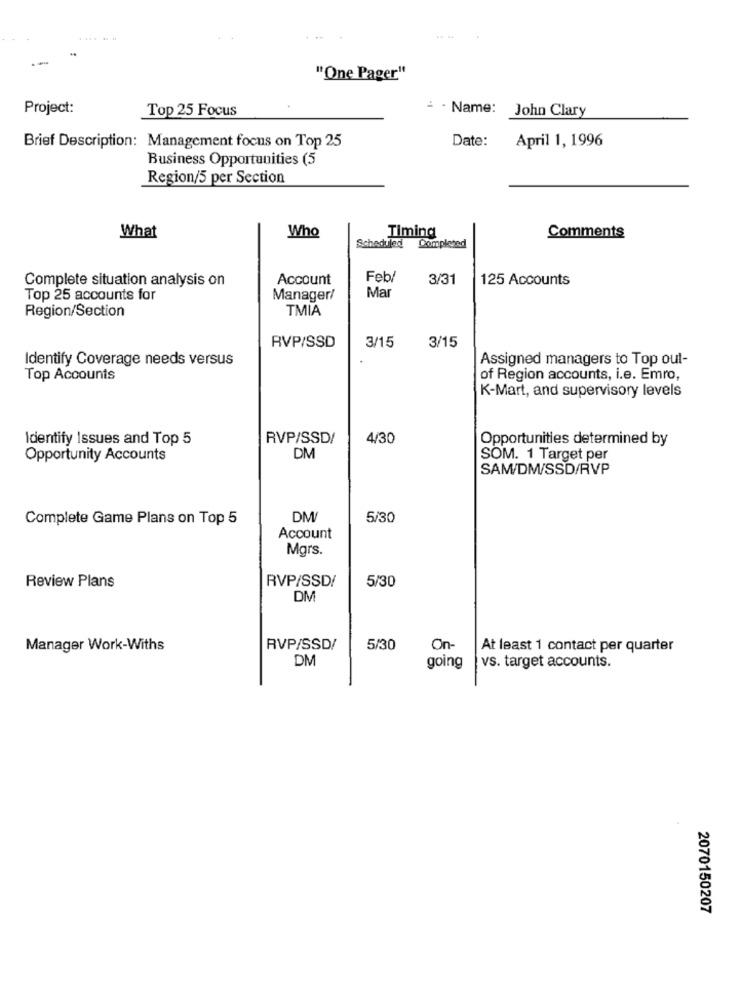
. ... ..
"One Pager"
Project:
Top 25 Focus
- Name: John Clary
Date:
April 1, 1996
Brief Description: Management focus on Top 25
Business Opportunities (5
Region/5 per Section
Who
Comments
What
Timing
Scheduled
Completed
Complete situation analysis on
Account
Feb/
3/31
125 Accounts
Mar
Top 25 accounts for
Manager/
Region/Section
TMIA
RVP/SSD
3/15
3/15
Identify Coverage needs versus
Assigned managers to Top out-
Top Accounts
of Region accounts, i.e. Emro,
K-Mart, and supervisory levels
Identify Issues and Top 5
RVP/SSD/
4/30
Opportunities determined by
Opportunity Accounts
DM
SOM. 1 Target per
SAM/DM/SSD/RVP
Complete Game Plans on Top 5
DM/
5/30
Account
Mgrs.
Review Plans
RVP/SSD/
5/30
DM
Manager Work-Withs
RVP/SSD/
5/30
On-
At least 1 contact per quarter
DM
going
vs. target accounts.
2070150207